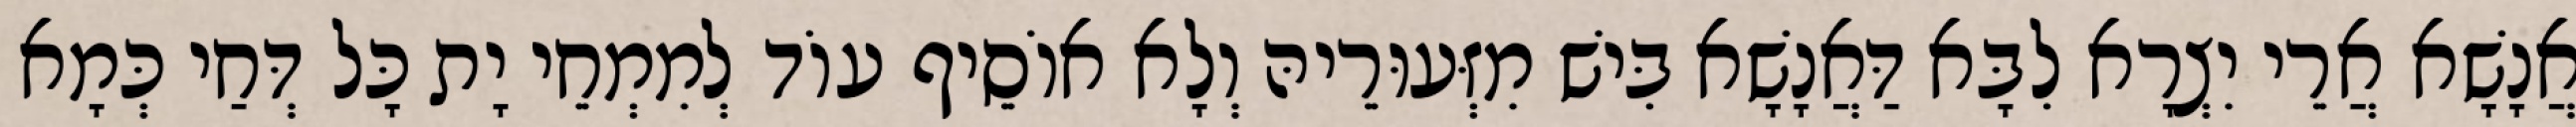
אֲנָשָׁא אֲרֵי יִצְרָא לִבָּא דַּאֲנָשָׁא בִּישׁ מִזְּעוּרֵיהּ וְלָא אוֹסֵיף עוֹד לְמִמְחֵי יָת כָּל דְּחַי כְּמָא